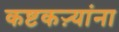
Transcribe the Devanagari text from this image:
कष्टकऱ्यांना